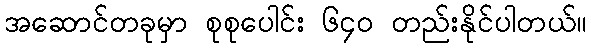
အဆောင်တခုမှာ စုစုပေါင်း ၆၄၀ တည်းနိုင်ပါတယ်။